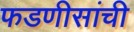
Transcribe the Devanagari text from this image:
फडणीसांची